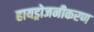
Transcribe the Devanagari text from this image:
हायड्रोजनीकरण